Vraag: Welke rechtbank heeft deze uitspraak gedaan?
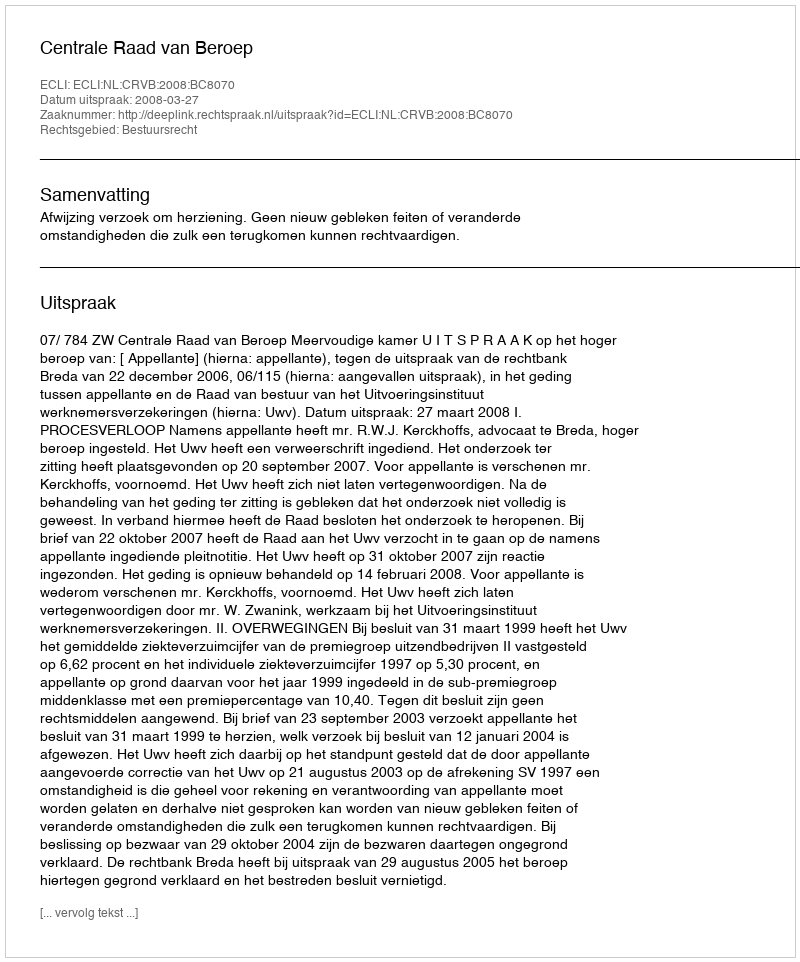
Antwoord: Centrale Raad van Beroep